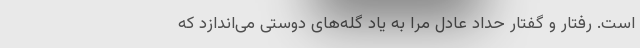
است. رفتار و گفتار حداد عادل مرا به یاد گله‌های دوستی می‌اندازد که